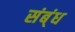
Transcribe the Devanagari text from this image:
संब्ंध